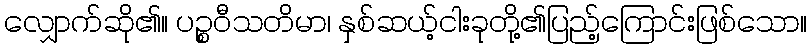
လျှောက်ဆို၏။ ပဉ္စဝီသတိမာ၊ နှစ်ဆယ့်ငါးခုတို့၏ပြည့်ကြောင်းဖြစ်သော။